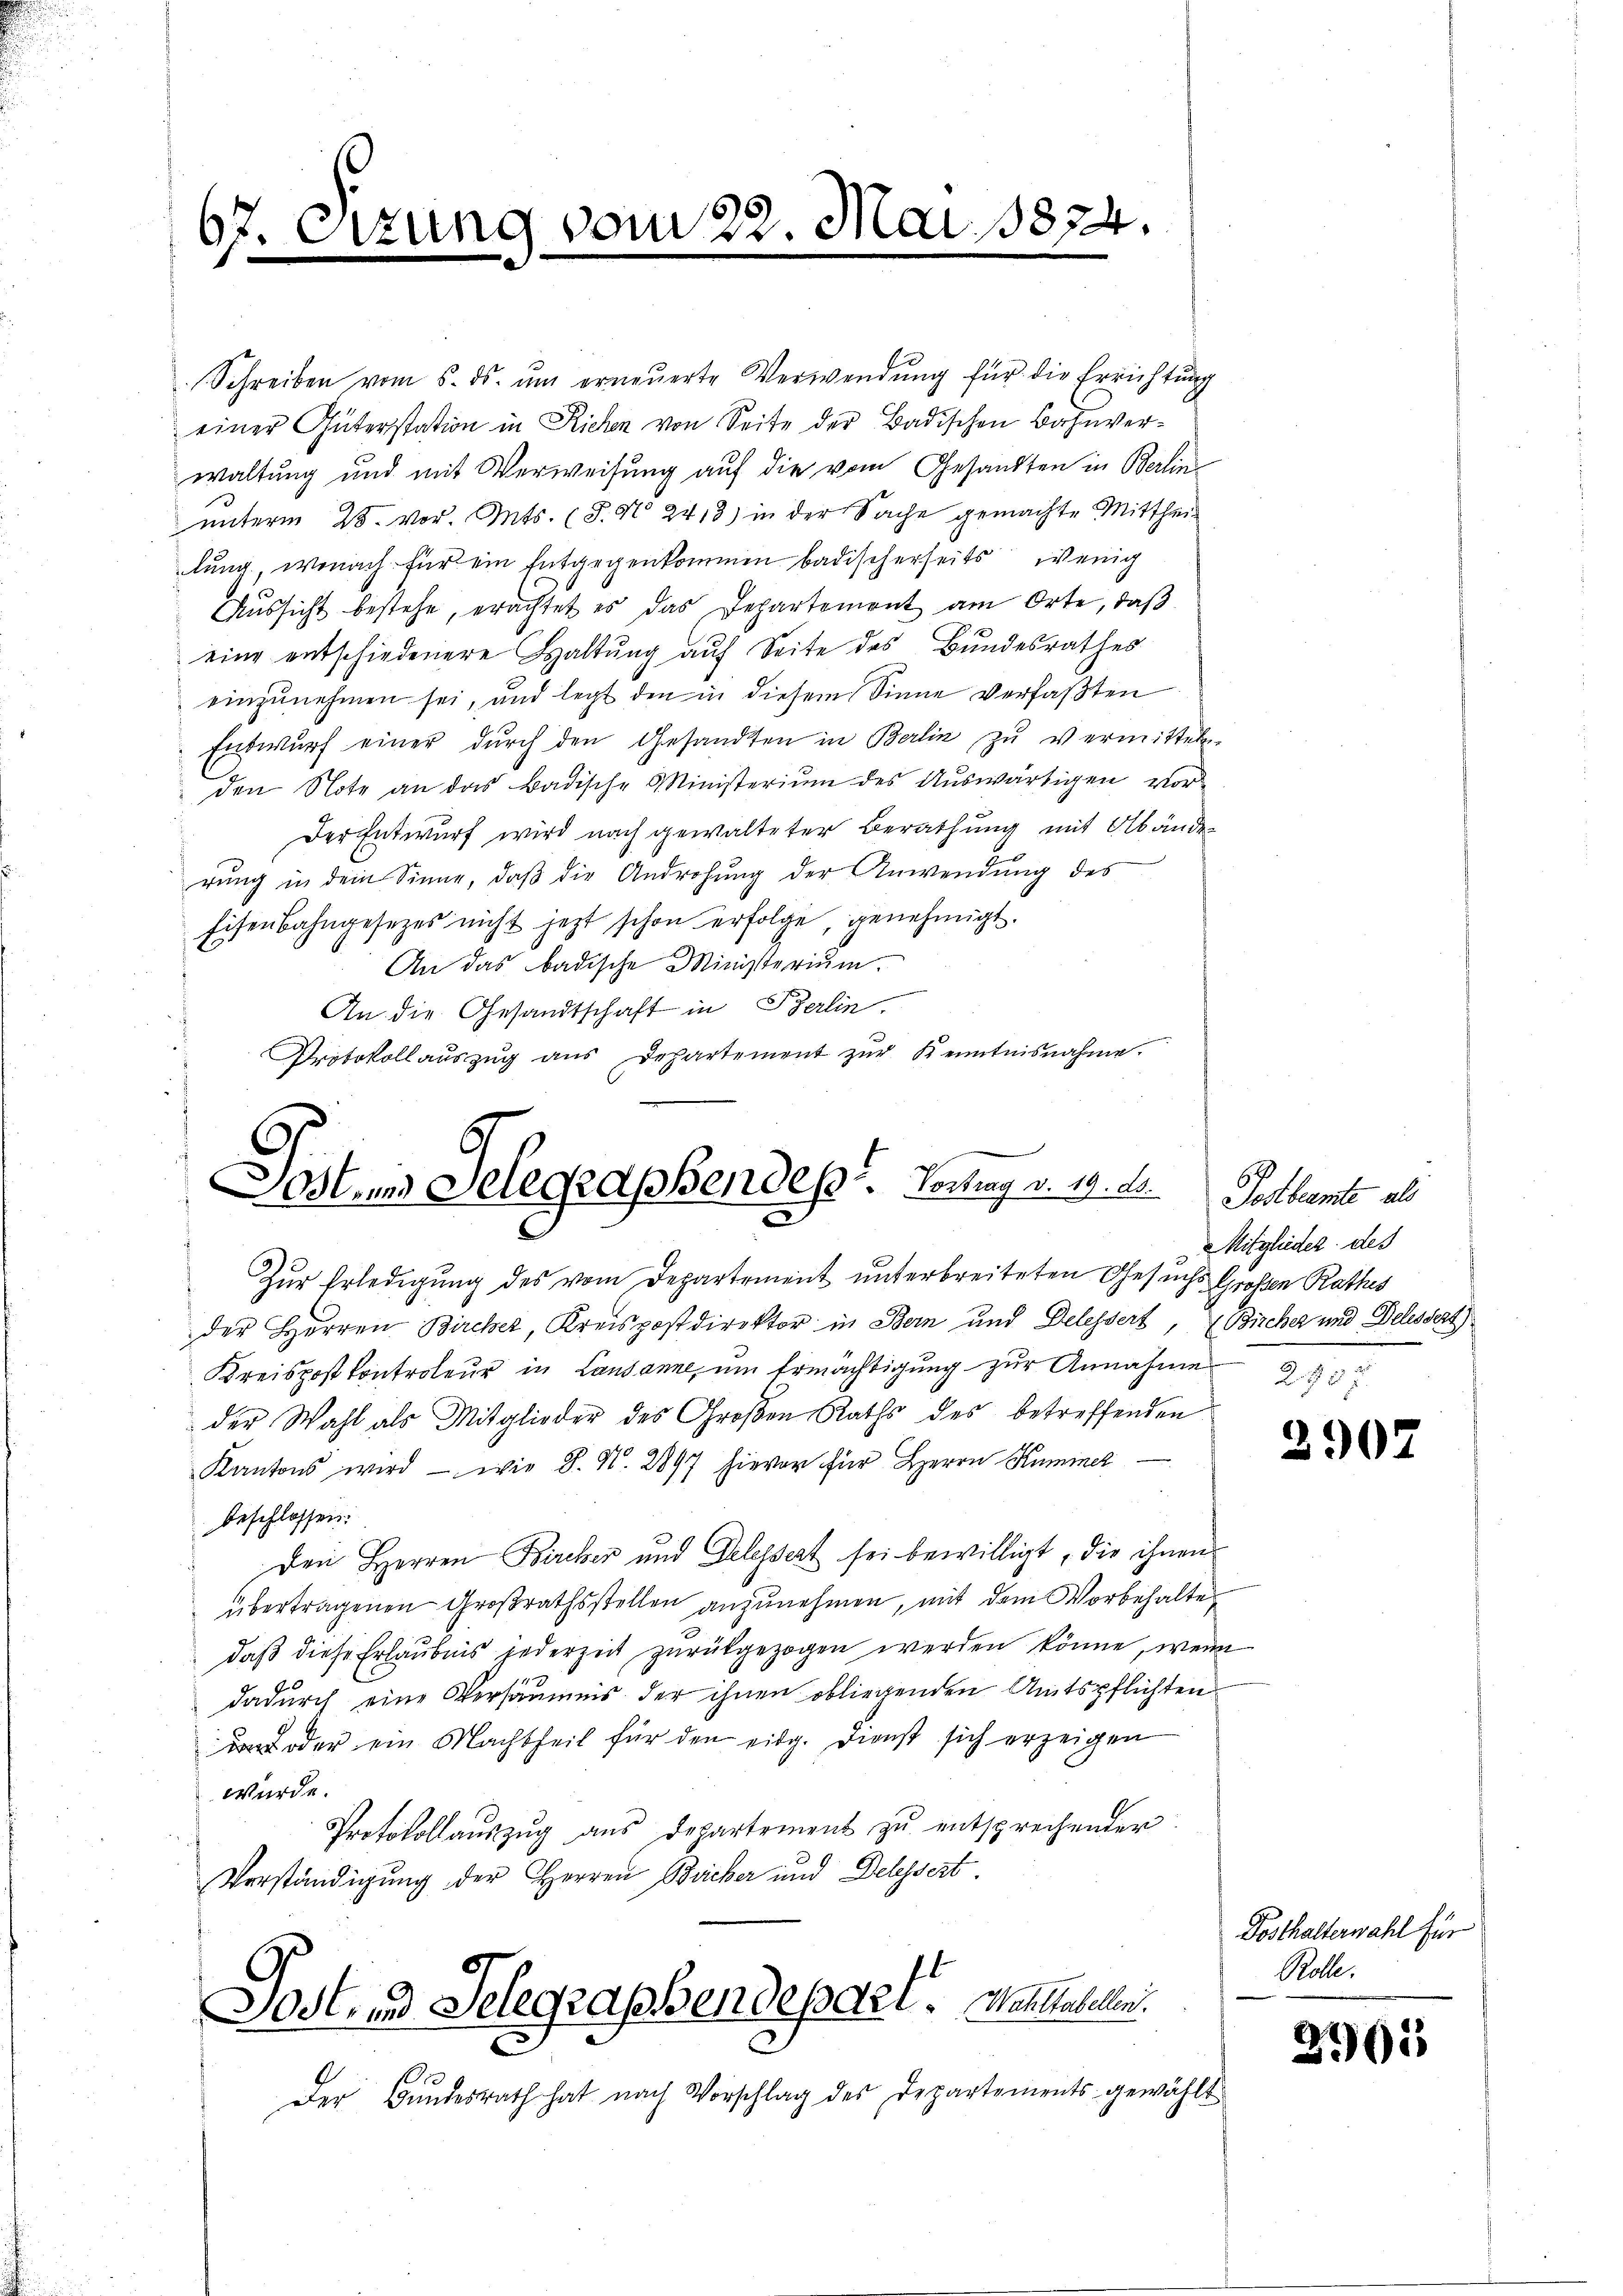
67.
B

Schreiben vom 5. ds. ŭm erneŭerte Verwendŭng für die Errichtŭng
einer Güterstation in Richen von Seite der Badischen Bahnverwaltung und mit Verweisung auf die vom Gesandten in Berlin
ŭnterm 28. vor. Mts. (T. No 2413) in der Sache gemachte Mittheil
lung, wonach für ein Entgegenkommen badischerseits wenig
Aussicht bestehe, erachtet es das Departement am Orte, daß
eine entschiedenere Haltung auf Seite des Bundesrathes
einzunehmen sei, und legt den in diesem Sinne verfaßten
Entwurf einer durch den Gesandten in Berlin zu vermitteln.
den Note an das Badische Ministerium des Auswärtigen vor¬
Der Entwurf wird nach gewalteter Berathung mit Abänder
rŭng in dem Sinne, daβ die Androhŭng der Anwendŭng des
Eisenbahngesetzes nicht jetzt schon erfolge, genehmigt.
An das badische Ministerium.
An die Gesandtschaft in Berlin.
Protokollauszug aus Departement zŭr Kenntnisnahme.

ung vom 22. Mai 1874.

Sostens Telegraphendest. Vortrag v. 19. d.

Zur Erledigung des vom Departement unterbreiteten Gesuchs Großen Rathes
der Herren Bircher, Kreispostdirektor in Bern und Delessert, Bircher und Delessert)
Kreispost kontroleur in Lausanne, um Ermächtigung zur Annahme
der Wahl als Mitglieder des Großen Raths des betreffenden
Kantons wird — wie 8. N. 2897 hievor für Herrn Kummer
beschlossen:
Den Herren Bircher und Gelegsert sei bewilligt, die ihnen
übertragenen Großrathsstellen anzunehmen, mit dem Vorbehalte
daβ diese Erlaubnis jederzeit zŭrückgezogen werden könne, wenn
dadurch eine Versäumis der ihnen obliegenden Amtspflichten
 oder ein Machtheil für den eidg. Dienst sich erzeigen
würde.
Protokollauszug aus Departement zu entsprechender
Verständigung der Herren Bäcker und Delessert.
l

Fost, und Telegraphendepael. Mahlhabellen.

Der Bundesrath hat nach Vorschlag des Departements gewählt

Postbeamte als
Mitglieder des

2907

Dosthalterwahl für
Rolle.

2961